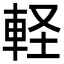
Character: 軽